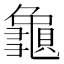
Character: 𪚾